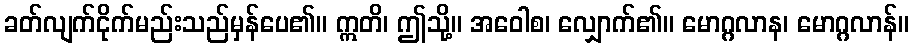
ခတ်လျက်ငိုက်မည်းသည်မှန်ပေ၏။ ဣတိ၊ ဤသို့။ အဝေါစ၊ လျှောက်၏။ မောဂ္ဂလာန၊ မောဂ္ဂလာန်။